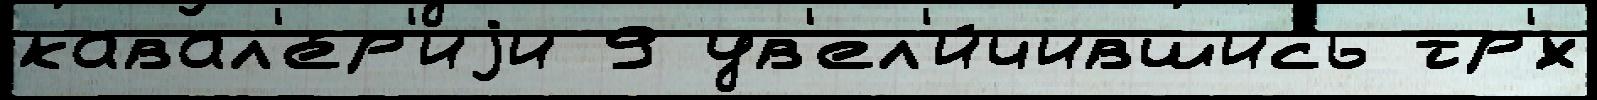
кавал'е́р'иjи 9 ув'ел'и́чившись тр'́х